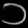
Digit: ၁